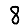
Digit: 8